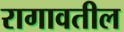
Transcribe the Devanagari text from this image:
रागावतील